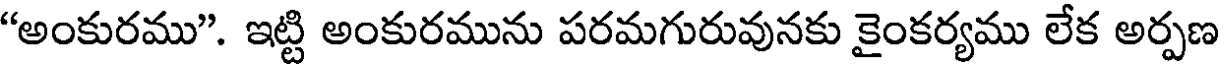
"అంకురము". ఇట్టి అంకురమును పరమగురువునకు కైంకర్యము లేక అర్పణ